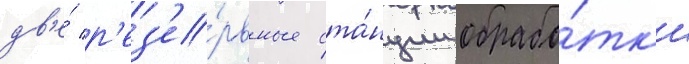
дв'е́ р'ез'е́рвные ста́нции обрабо́тк'и